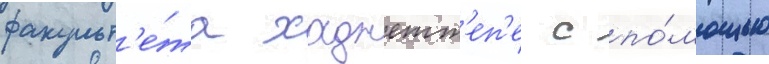
факульт'е́та хаджетт'еп'е с по́мощью